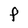
Character: P